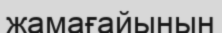
жамағайынын